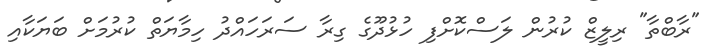
"ރާބްތާ" ރިލީޒް ކުރުން ލަސްކޮށްފި ހުޅުދޫގެ ގިރާ ސަރަހައްދު ހިމާޔަތް ކުރުމަށް ބަޔަކާއި